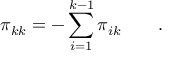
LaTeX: \pi _ { k k } = - \sum _ { i = 1 } ^ { k - 1 } \pi _ { i k } \qquad .